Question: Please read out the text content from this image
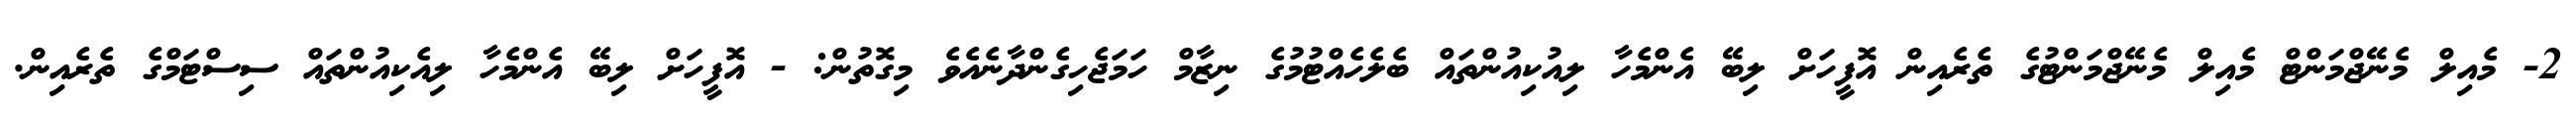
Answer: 2- މެއިލް މެނޭޖްމަންޓް މެއިލް މެނޭޖްމަންޓުގެ ތެރެއިން އޮފީހަށް ލިބޭ އެންމެހާ ލިއުކިއުންތައް ބެލެހެއްޓުމުގެ ނިޒާމް ހަމަޖެހިގެންދާނެއެވެ މިގޮތުން: - އޮފީހަށް ލިބޭ އެންމެހާ ލިއެކިއުންތައް ސިސްޓަމްގެ ތެރެއިން.